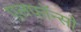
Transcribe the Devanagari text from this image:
एलफाॅन्सो